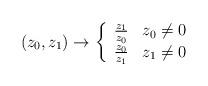
LaTeX: \begin{align*}\left( z_{0},z_{1}\right) \rightarrow \left\{\begin{array}{c}\frac{z_{1}}{z_{0}}\;\;\;z_{0}\neq 0 \\\frac{z_{0}}{z_{1}}\;\;\;z_{1}\neq 0\end{array}\right. \end{align*}